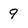
Character: 9